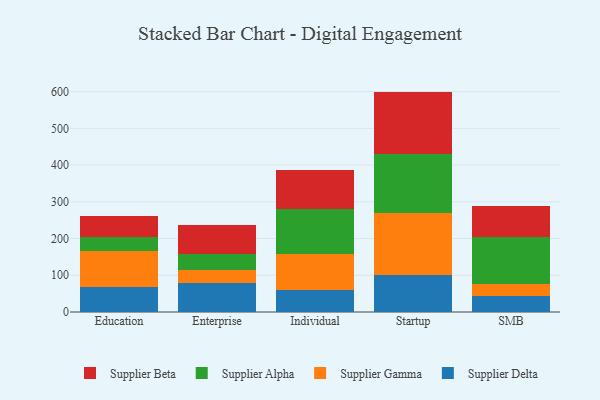
{"axis": {"x": "Segment", "y": "Net Income (USD K)"}, "legend": ["Supplier Alpha", "Supplier Beta", "Supplier Delta", "Supplier Gamma"], "data": [{"x": "Education", "y": 67.6, "type": "Supplier Delta"}, {"x": "Education", "y": 97.5, "type": "Supplier Gamma"}, {"x": "Education", "y": 39.7, "type": "Supplier Alpha"}, {"x": "Education", "y": 56.3, "type": "Supplier Beta"}, {"x": "Enterprise", "y": 77.8, "type": "Supplier Delta"}, {"x": "Enterprise", "y": 36.1, "type": "Supplier Gamma"}, {"x": "Enterprise", "y": 44.9, "type": "Supplier Alpha"}, {"x": "Enterprise", "y": 78.7, "type": "Supplier Beta"}, {"x": "Individual", "y": 60.4, "type": "Supplier Delta"}, {"x": "Individual", "y": 97.7, "type": "Supplier Gamma"}, {"x": "Individual", "y": 123.5, "type": "Supplier Alpha"}, {"x": "Individual", "y": 104.7, "type": "Supplier Beta"}, {"x": "Startup", "y": 100.5, "type": "Supplier Delta"}, {"x": "Startup", "y": 170.3, "type": "Supplier Gamma"}, {"x": "Startup", "y": 158.4, "type": "Supplier Alpha"}, {"x": "Startup", "y": 170.9, "type": "Supplier Beta"}, {"x": "SMB", "y": 43.9, "type": "Supplier Delta"}, {"x": "SMB", "y": 31.8, "type": "Supplier Gamma"}, {"x": "SMB", "y": 128.6, "type": "Supplier Alpha"}, {"x": "SMB", "y": 85.5, "type": "Supplier Beta"}]}